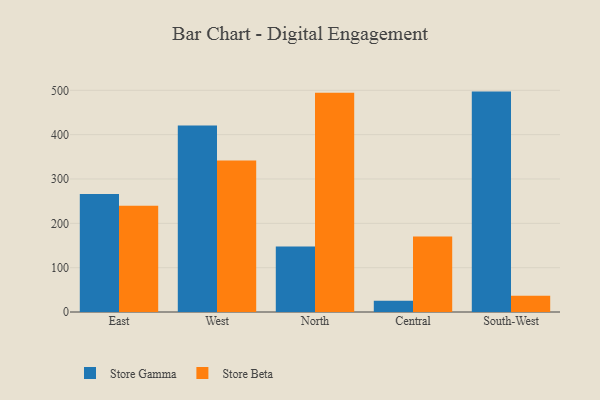
{"axis": {"x": "Region", "y": "Backlog"}, "legend": ["Store Beta", "Store Gamma"], "data": [{"x": "East", "y": 266.0, "type": "Store Gamma"}, {"x": "East", "y": 239.7, "type": "Store Beta"}, {"x": "West", "y": 420.4, "type": "Store Gamma"}, {"x": "West", "y": 341.9, "type": "Store Beta"}, {"x": "North", "y": 147.5, "type": "Store Gamma"}, {"x": "North", "y": 494.6, "type": "Store Beta"}, {"x": "Central", "y": 25.4, "type": "Store Gamma"}, {"x": "Central", "y": 170.3, "type": "Store Beta"}, {"x": "South-West", "y": 497.1, "type": "Store Gamma"}, {"x": "South-West", "y": 36.8, "type": "Store Beta"}]}